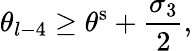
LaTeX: \theta_{l-4}\geq\theta^{\mathrm{s}}+\frac{\sigma_{3}}{2},